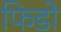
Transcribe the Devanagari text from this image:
फिडो